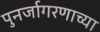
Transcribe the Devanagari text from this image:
पुनर्जागरणाच्या